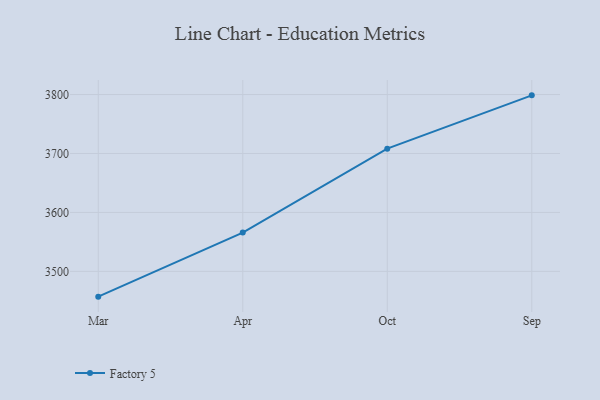
{"axis": {"x": "Month", "y": "Satisfaction Score"}, "legend": ["Factory 5"], "data": [{"x": "Mar", "y": 3457.1, "type": "Factory 5"}, {"x": "Apr", "y": 3565.8, "type": "Factory 5"}, {"x": "Oct", "y": 3708.2, "type": "Factory 5"}, {"x": "Sep", "y": 3798.6, "type": "Factory 5"}]}